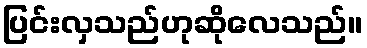
ပြင်းလှသည်ဟုဆိုလေသည်။